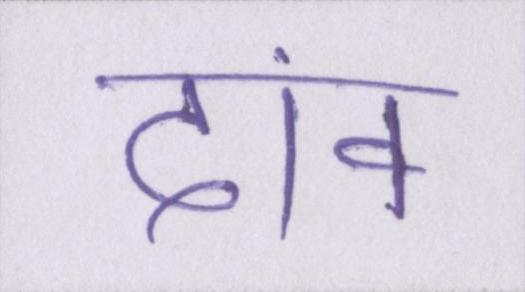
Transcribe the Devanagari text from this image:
दांव